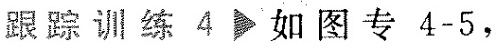
跟踪训练4▶如图专4-5，